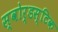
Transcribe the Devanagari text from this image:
स्वोर्डस्टिक